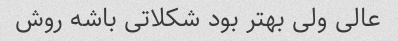
عالی ولی بهتر بود شکلاتی باشه روش